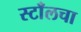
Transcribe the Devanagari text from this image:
स्टाँलचा